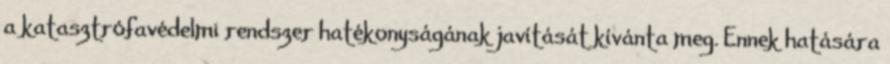
a katasztrófavédelmi rendszer hatékonyságának javítását kívánta meg. Ennek hatására